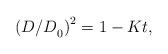
LaTeX: \begin{align*}{\left( {{{{D \mathord{\left/{\vphantom {D D}} \right.\kern-\nulldelimiterspace} D}}_0}} \right)^2} = 1 - Kt,\end{align*}